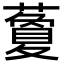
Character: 藑